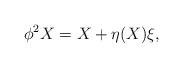
LaTeX: \begin{align*}\phi^2 X= X+\eta(X)\xi,\end{align*}